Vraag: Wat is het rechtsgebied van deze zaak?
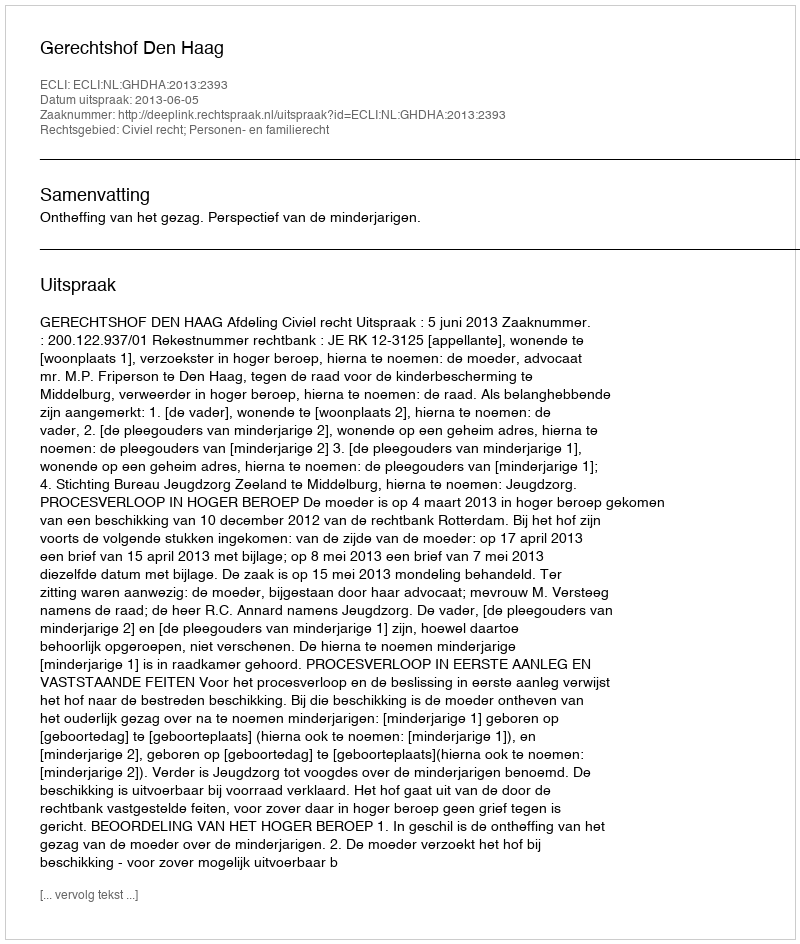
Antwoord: Civiel recht; Personen- en familierecht